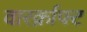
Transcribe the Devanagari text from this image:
वारर्क्राफ्ट